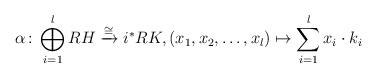
\begin{align*}\alpha \colon \bigoplus_{i =1}^l RH \xrightarrow{\cong} i^*RK, (x_1, x_2, \ldots, x_l) \mapsto \sum_{i=1}^l x_i \cdot k_i\end{align*}